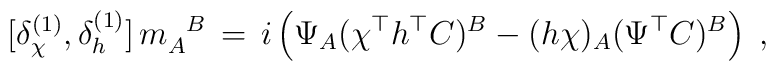
[\delta_{\chi}^{(1)},\delta_{h}^{(1)}]\,m_A^{\phantom{A}B}\,=\,i\left(\Psi_A(\chi^{\top}h^{\top}C)^B -(h\chi)_A(\Psi^{\top}C)^B\right)\;,